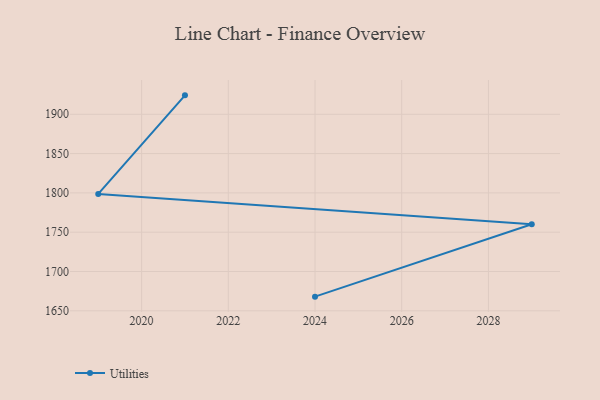
{"axis": {"x": "Year", "y": "Customer Acquisition Cost (USD)"}, "legend": ["Utilities"], "data": [{"x": "2021", "y": 1924.1, "type": "Utilities"}, {"x": "2019", "y": 1798.7, "type": "Utilities"}, {"x": "2029", "y": 1760.2, "type": "Utilities"}, {"x": "2024", "y": 1668.0, "type": "Utilities"}]}